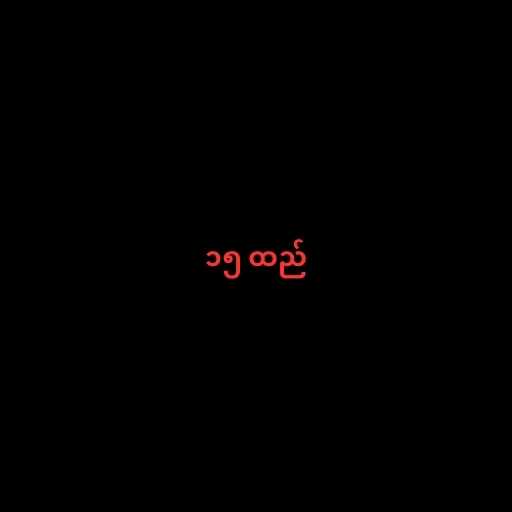
၁၅ ထည်